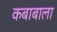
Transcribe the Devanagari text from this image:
कबाबाला